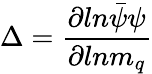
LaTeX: \Delta={\frac{\partial ln\bar{\psi}\psi}{\partial lnm_{q}}}